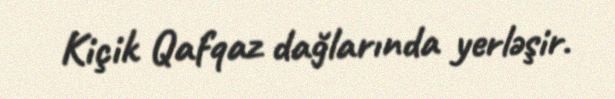
Kiçik Qafqaz dağlarında yerləşir.